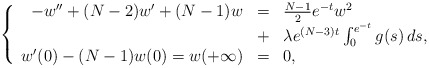
\begin{align*}\left\{ \begin{array}{rcl}-w'' + (N-2)w' + (N-1)w &=& \frac{N-1}{2} e^{-t} w^2 \\&+& \lambda e^{(N-3)t} \int_0^{e^{-t}} g(s) \, ds, \\w'(0) - (N-1) w(0) = w(+\infty) &=& 0,\end{array}\right.\end{align*}